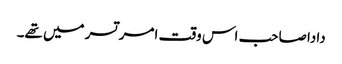
دادا صاحب اس وقت امر تسر میں تھے۔